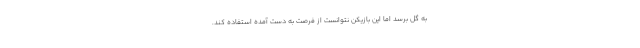
به گل برسد اما این بازیکن نتوانست از فرصت به دست آمده استفاده کند.